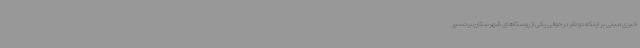
خبری مبنی بر اینکه دو نفر در حوالی یکی از روستاهای شهرستان بردسیر